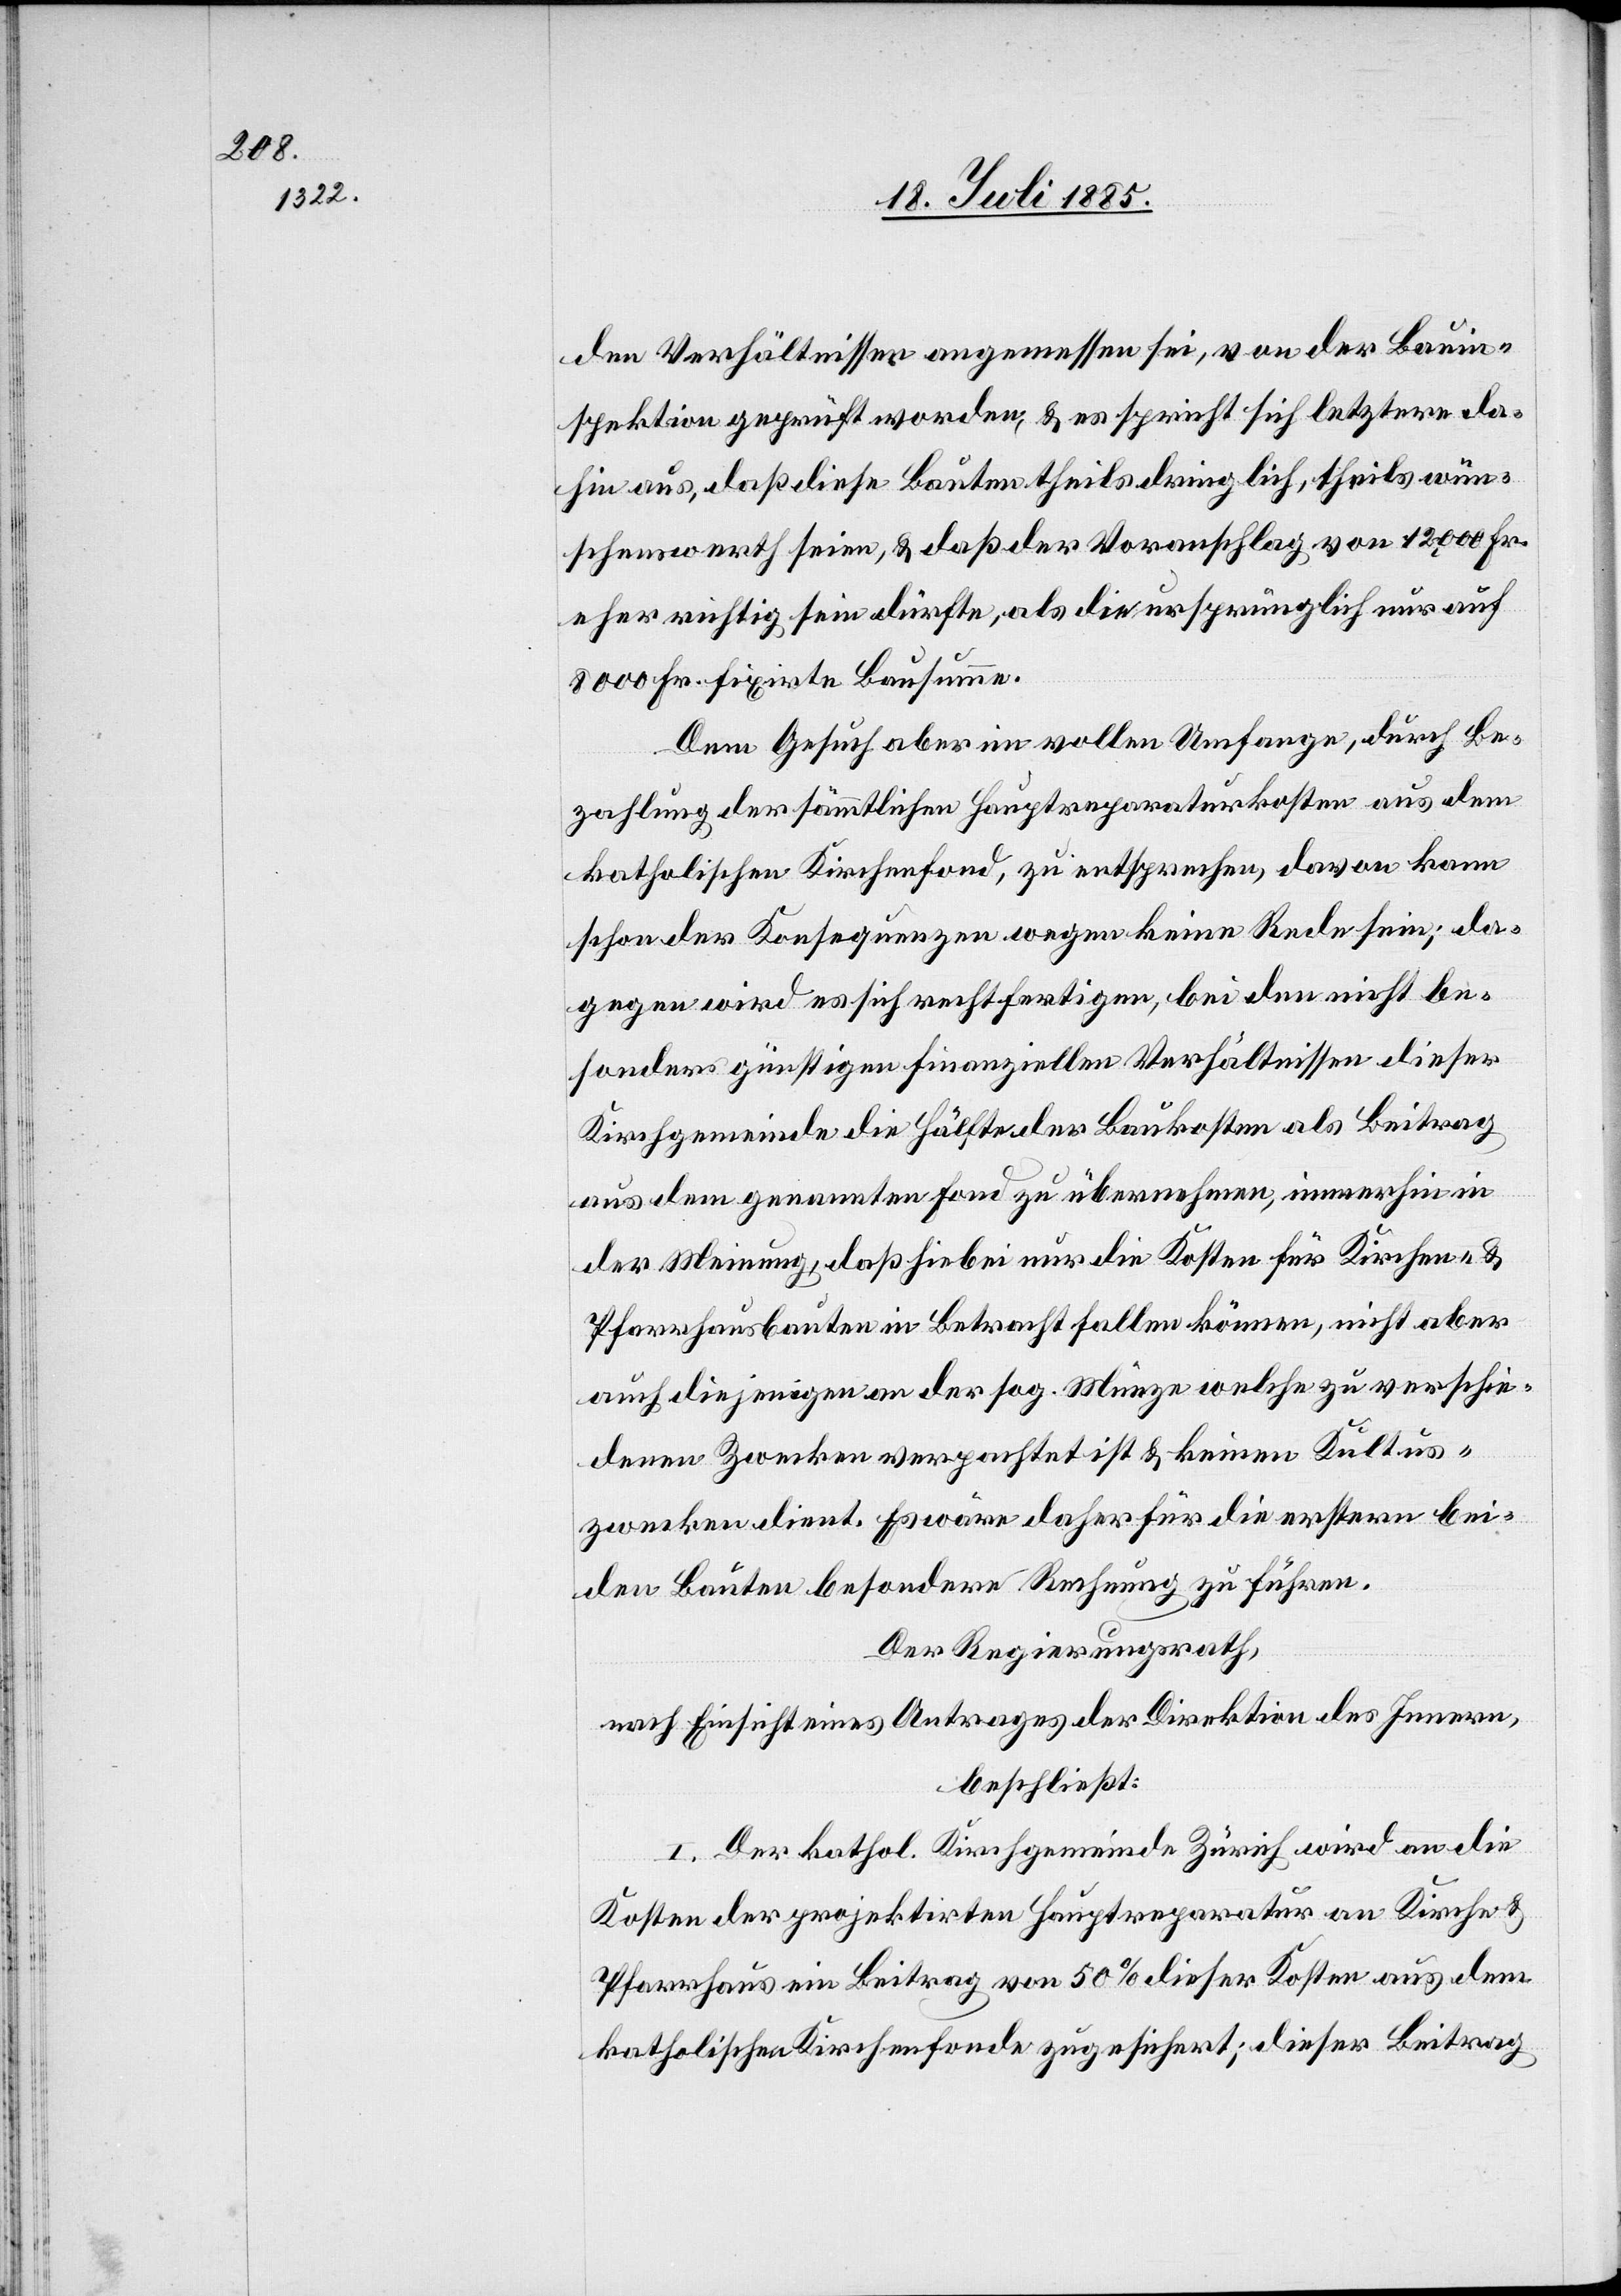
den Verhältnissen angemessen sei, von der Bauin¬
spektion geprüft worden, & es spricht sich letzterer da¬
hin aus, daß diese Bauten theils dringlich, theils wün¬
schenswerth seien, & daß der Voranschlag von 12,000 Fr.
eher richtig sein dürfte, als die ursprünglich nur auf
8000 Fr. fixirte Bausumme.
Dem Gesuch aber im vollen Umfange, durch Be¬
zahlung der sämmtlichen Hauptreparaturkosten aus dem
katholischen Kirchenfond, zu entsprechen, davon kann
schon der Konsequenzen wegen keine Rede sein; da¬
gegen wird es sich rechtfertigen, bei den nicht be¬
sonders günstigen finanziellen Verhältnissen dieser
Kirchgemeinde die Hälfte der Baukosten als Beitrag
aus dem genannten Fond zu übernehmen, immerhin in
der Meinung, daß hiebei nur die Kosten für Kirchen- &
Pfarrhausbauten in Betracht fallen könne, nicht aber
auch diejenigen an der sog. Münze welche zu verschie¬
denen Zwecken verpachtet ist & keinen Kultus¬
zwecken dient. Es wäre daher für die erstern bei¬
den Bauten besondere Rechnung zu führen.
Der Regierungsrath,
nach Einsicht eines Antrages der Direktion des Innern,
beschließt:
I. Der kathol. Kirchgemeinde Zürich wird an die
Kosten der projektirten Hauptreparatur an Kirche &
Pfarrhaus ein Beitrag von 50% dieser Kosten aus dem
katholischen Kirchenfonde zugesichert; dieser Beitrag